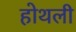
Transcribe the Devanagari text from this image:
होथली